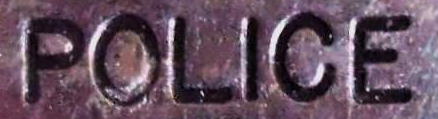
POLICE